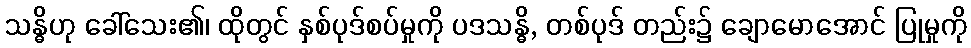
သန္ဓိဟု ခေါ်သေး၏၊ ထိုတွင် နှစ်ပုဒ်စပ်မှုကို ပဒသန္ဓိ, တစ်ပုဒ် တည်း၌ ချောမောအောင် ပြုမှုကို